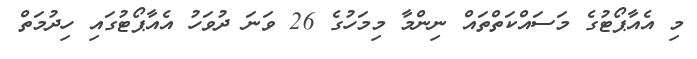
މި އެއާޕޯޓުގެ މަސައްކަތްތައް ނިންމާ މިމަހުގެ 26 ވަނަ ދުވަހު އެއާޕޯޓުގައި ހިދުމަތް